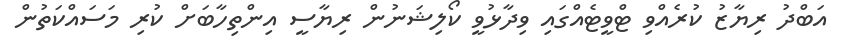
އަބްދު ރިޔާޒު ކުރެއްވި ޓްވީޓެއްގައި ވިދާޅުވީ ކޯލިޝަނުން ރިޔާސީ އިންތިހާބަށް ކުރި މަސައްކަތުން